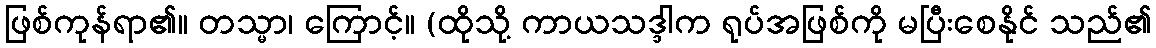
ဖြစ်ကုန်ရာ၏။ တသ္မာ၊ ကြောင့်။ (ထိုသို့ ကာယသဒ္ဒါက ရုပ်အဖြစ်ကို မပြီးစေနိုင် သည်၏